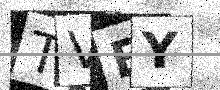
Text: TVEY